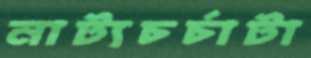
নাট্যচর্চাটা